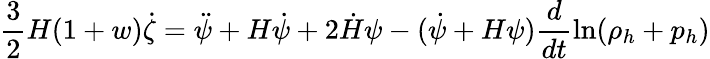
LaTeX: \frac{3}{2}H(1+w)\dot{\zeta}=\ddot{\psi}+H\dot{\psi}+2\dot{H}\psi-(\dot{\psi}+H\psi)\frac{d}{dt}\ln(\rho_{h}+p_{h})